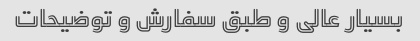
بسیار عالی و طبق سفارش و توضیحات